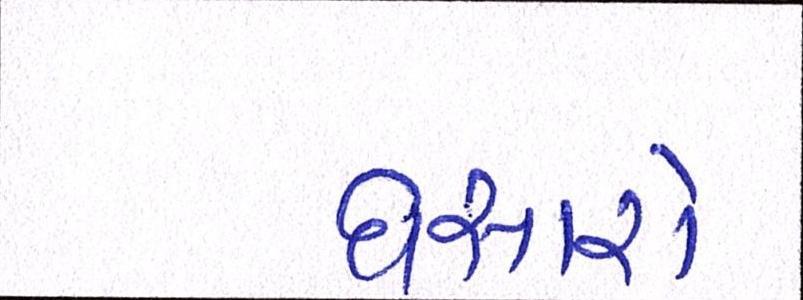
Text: ઘસારો